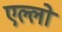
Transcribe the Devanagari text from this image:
एल्लो